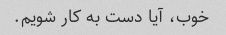
خوب، آیا دست به کار شویم.